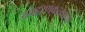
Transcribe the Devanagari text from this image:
अपहरणकत्यांचा